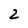
Character: 2